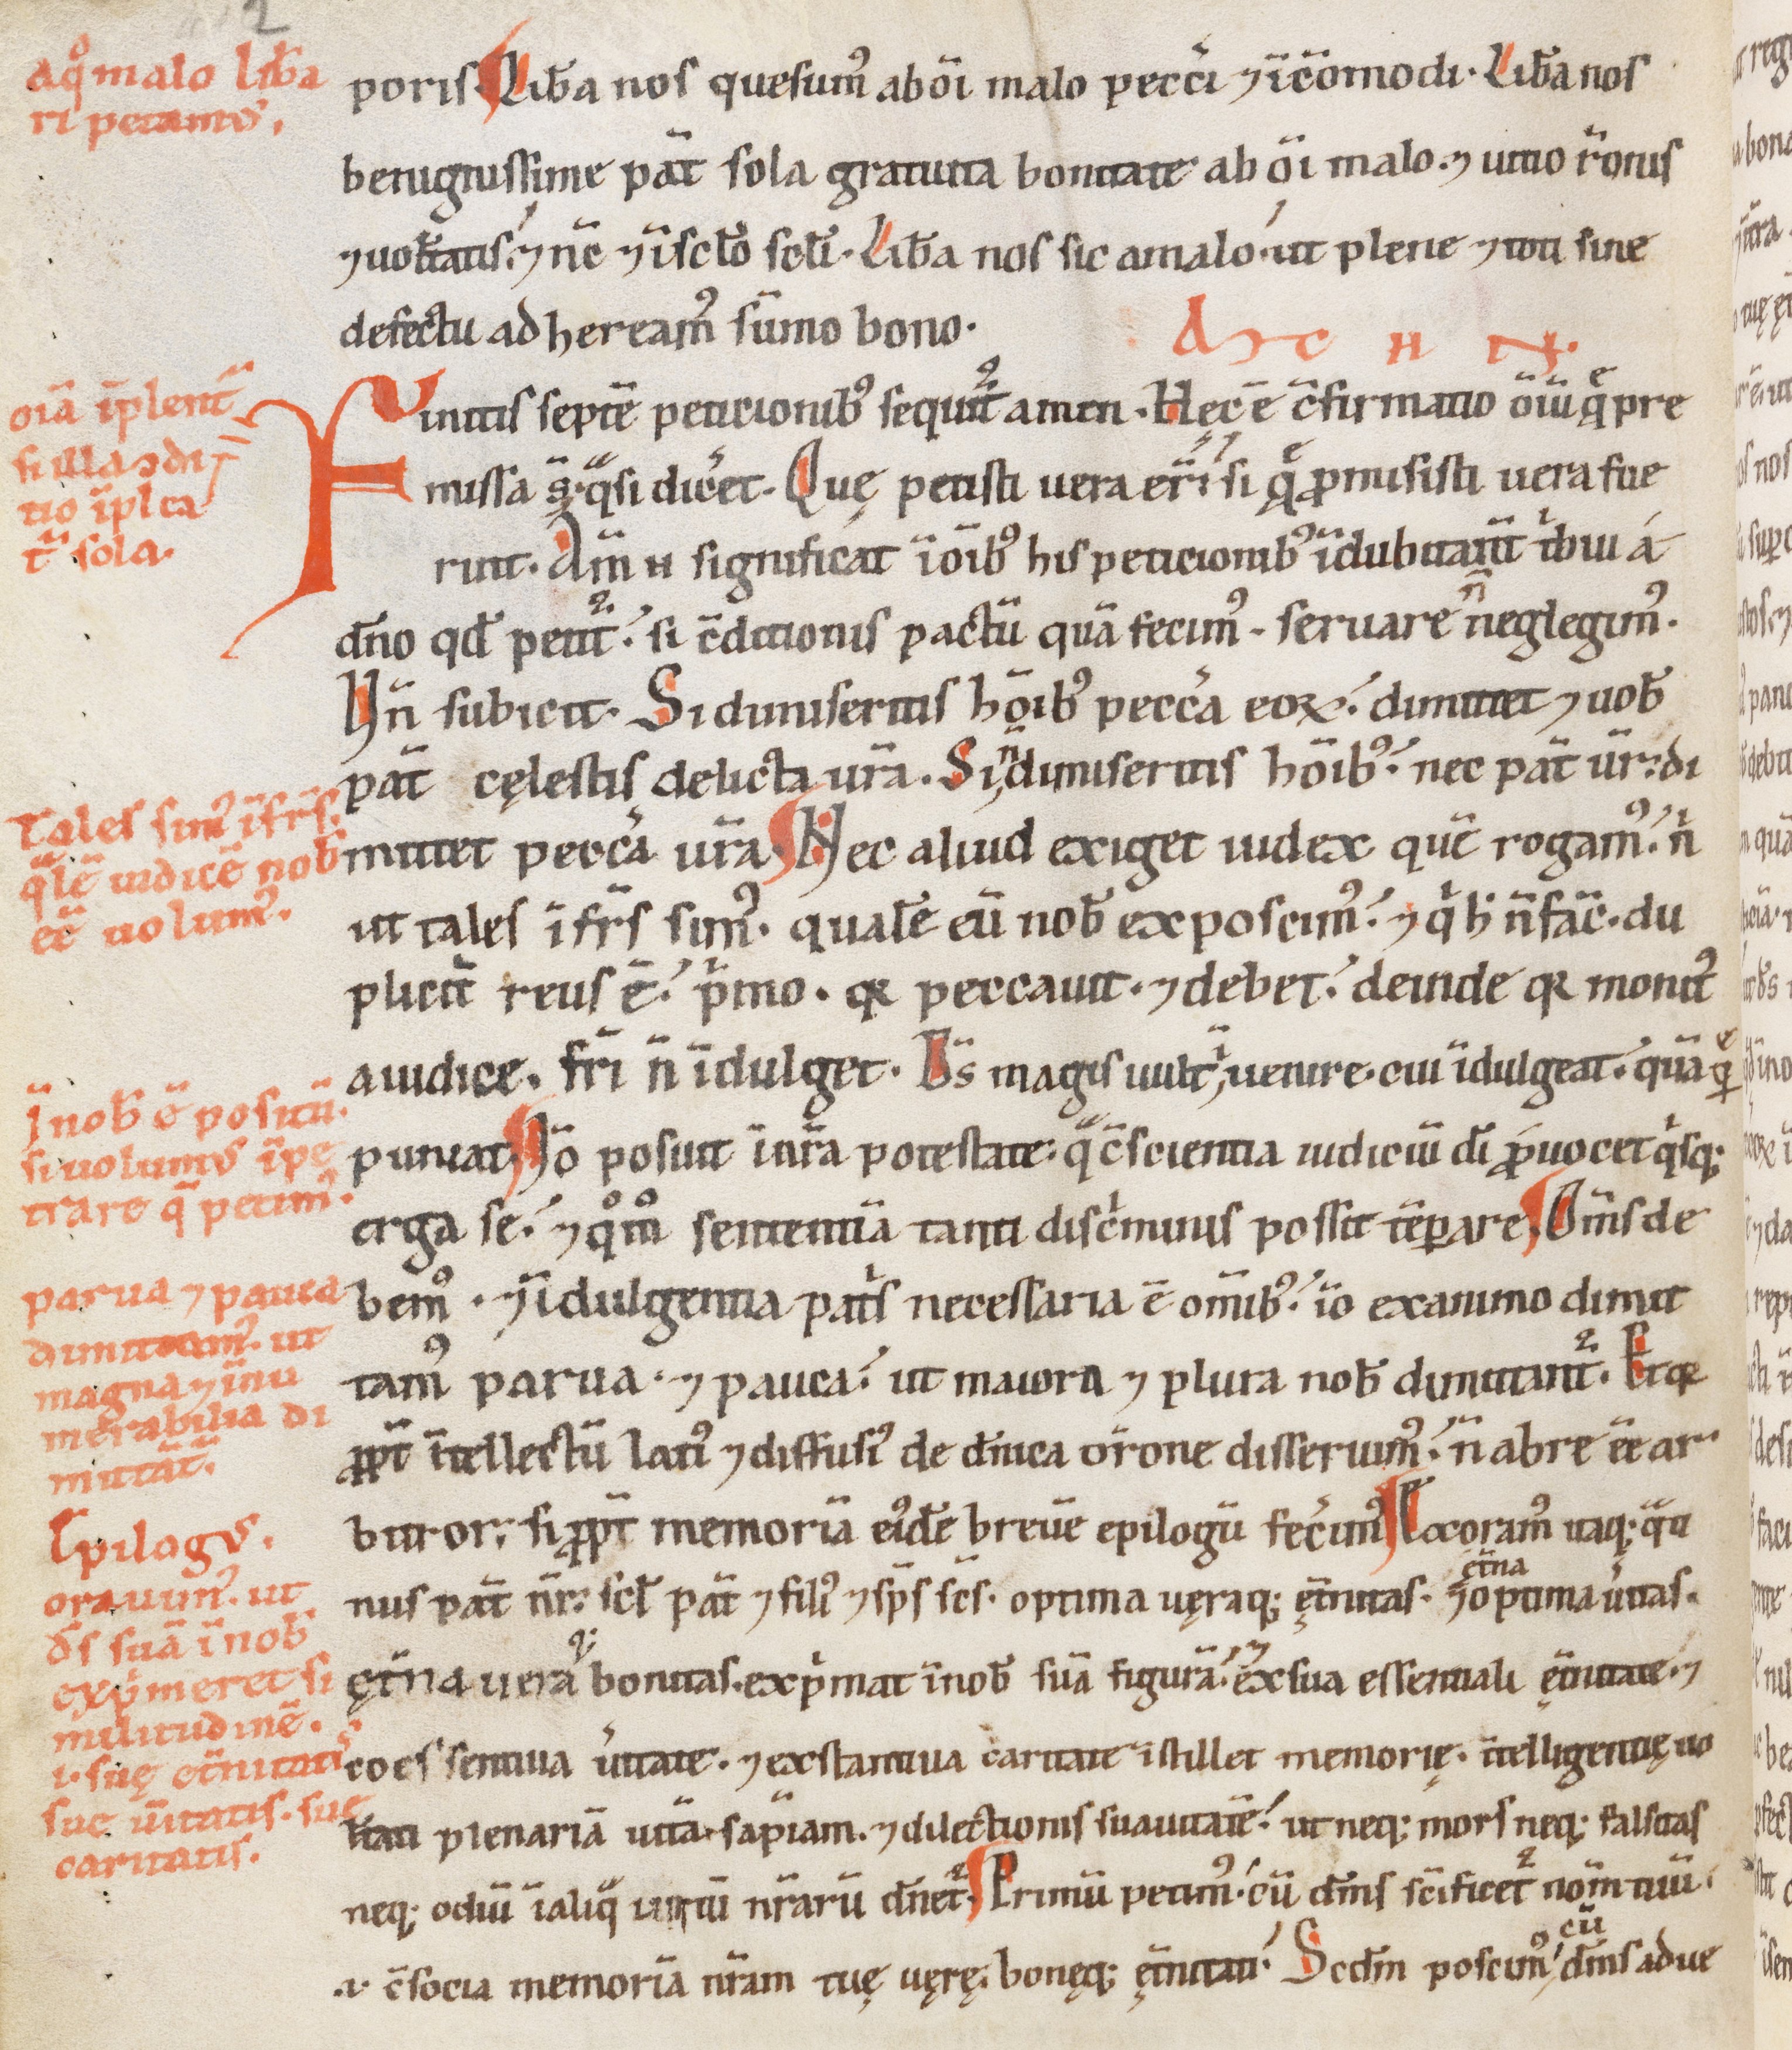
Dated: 1100–1199